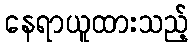
နေရာယူထားသည့်